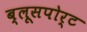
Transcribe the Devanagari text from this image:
ब्लूसपोर्ट